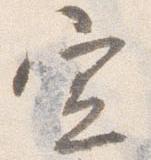
宣